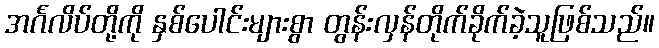
အင်္ဂလိပ်တို့ကို နှစ်ပေါင်းများစွာ တွန်းလှန်တိုက်ခိုက်ခဲ့သူဖြစ်သည်။